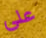
على